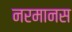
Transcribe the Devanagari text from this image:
नरमानस